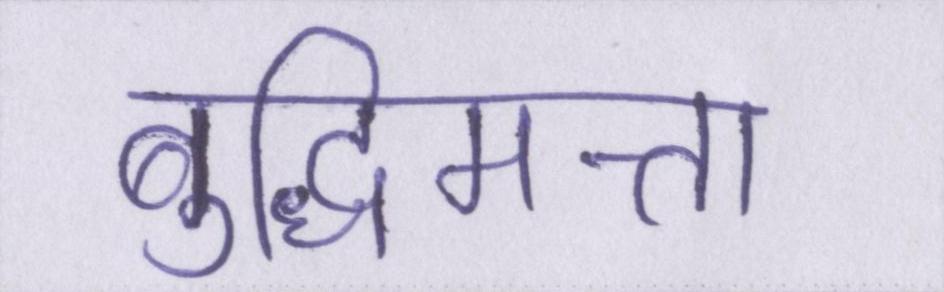
बुद्धिमत्ता